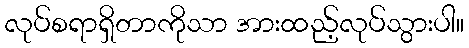
လုပ်စရာရှိတာကိုသာ အားထည့်လုပ်သွားပါ။